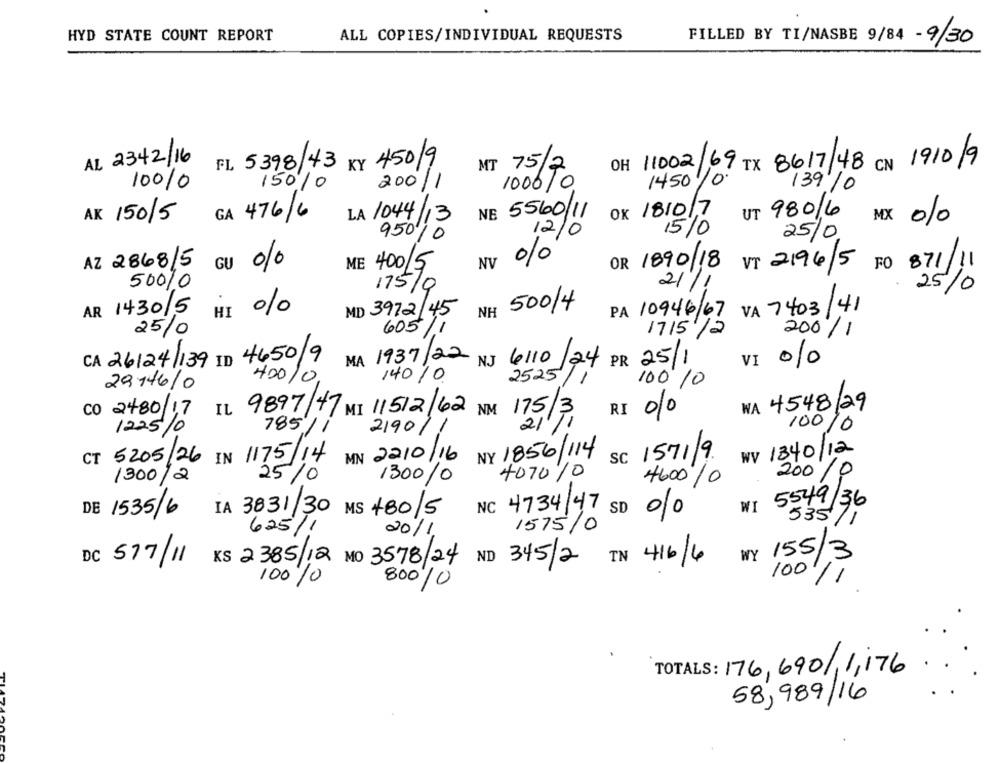
HYD STATE COUNT REPORT
ALL COPIES/INDIVIDUAL REQUESTS
FILLED BY TI/NASBE 9/84 - 9/30
AL 2342/16
FL 5398/43 KY 450/9
OH /1002/69 TX 8617/48 CN 1910/9
MT 75/2
200/1
1450
10
10010
150/0
1000/0
139/0
LA 1044
UT 980/6
AK 150/5
GA 476/6
3
NE 5560/11
Ox 1810/7
MX 010
12
950/0
10
15%
25/0
8%
AZ 2868/5
GU 010
ME 400/5
NV
OR 1890/18
VT 2196/5
FO 871/11
50010
175/9
21/1
25/0
500/4
AR 1430/5
HI %
MD 3972/45
NH
VA 7403/41
PA 10946/67
1715 /2
25/0
605/1
200/1
CA 26124/139 ID 4650/9
MA 1937/22 N.J 6110/24 PR 25/1
0%
40010
140/0
2525
100 10
29146/0
CO 2480/17
IL 9897/47 MI 11512/62 NM 175/3
WA 4548/29
2190,
21'
TI
10010
1225/0
785/1
WV 1340/12
CT 5205/26 IN 1175/14
MN 2210/16
NY 1856/114
SC 1571/9.
1300/2
25/0
1300/0
4070 10
4600/0
200 /0
DE 1535/6
WI
5549/36
IA 3831/30 MS 480/5
NC 4734/47 SD 00
1575/0
535/1
625/1
20/1
WY
155/3
DC 577/11
KS 2385/12 MO 3578/24 ND 345/2 IN 416/4
100%
100/1
80010
TOTALS: 176, 690/ 1,176.
58,989/16